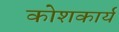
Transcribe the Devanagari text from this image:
कोशकार्य